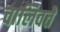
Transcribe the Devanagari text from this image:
चालिवते